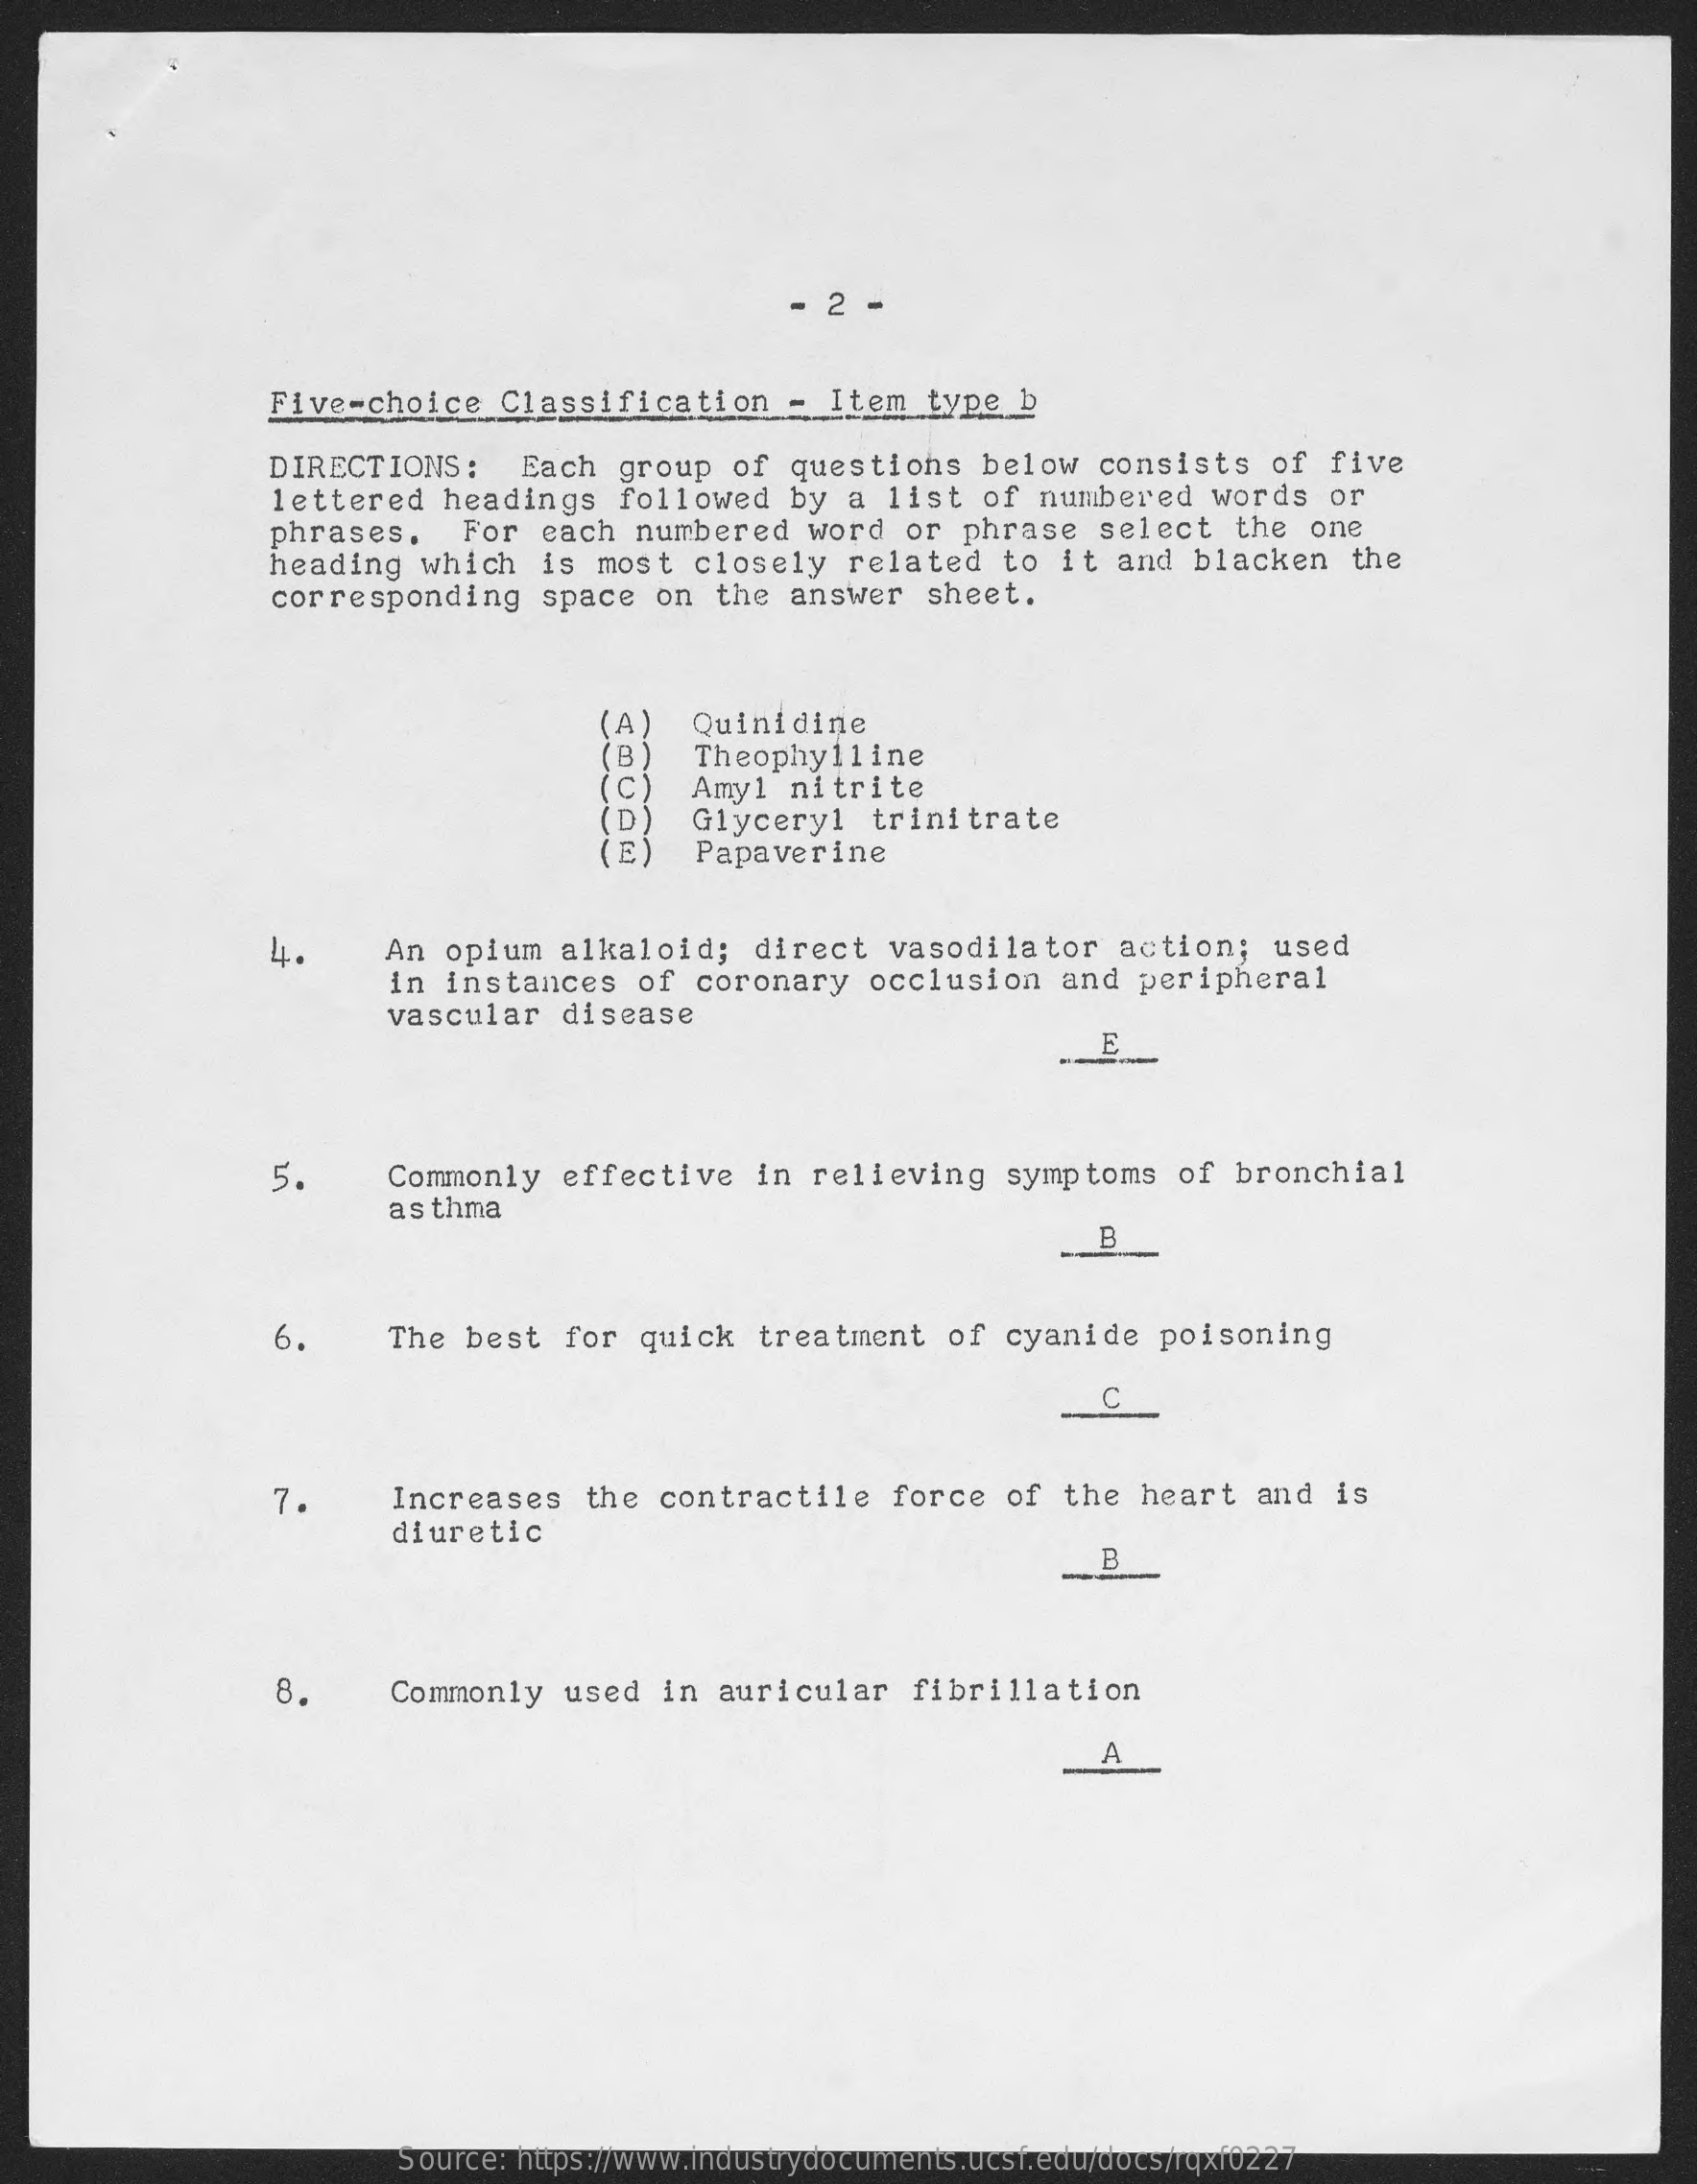
2
     Five-choice    Classification    - Item   type  b
     DIRECTIONS:    Each  group   of  questions   below   consists   of  five
     lettered   headings   followed    by  a list  of  numbered    words  or
     phrases.    For  each   numbered   word  or  phrase   select   the  one
     heading   which  is  most   closely   related   to  it and  blacken    the
     corresponding    space  on  the  answer   sheet.
     (A)
     (B)
     Quinidine
     (C)
     Theophylline
     (D)
     Amy1  nitrite
     Glyceryl   trinitrate
     Papaverine
     4.    An  opium   alkaloid;   direct   vasodilator    action;    used
     in instances    of  coronary   occlusion    and  peripheral
     vascular   disease
     E
     5.    Commonly   effective    in relieving    symptoms   of  bronchial
     asthma
     B
     6.    The  best   for  quick   treatment   of  cyanide   poisoning
     C
     7.    Increases   the  contractile    force   of  the  heart   and  is
     diuretic
     B
     8.    Commonly   used  in  auricular    fibrillation
     A
     Source: https://www.industrydocuments.ucsf.edu/docs/rqxf0227